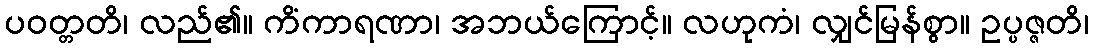
ပဝတ္တတိ၊ လည်၏။ ကိံကာရဏာ၊ အဘယ်ကြောင့်။ လဟုကံ၊ လျှင်မြန်စွာ။ ဥပ္ပဇ္ဇတိ၊